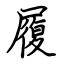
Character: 履